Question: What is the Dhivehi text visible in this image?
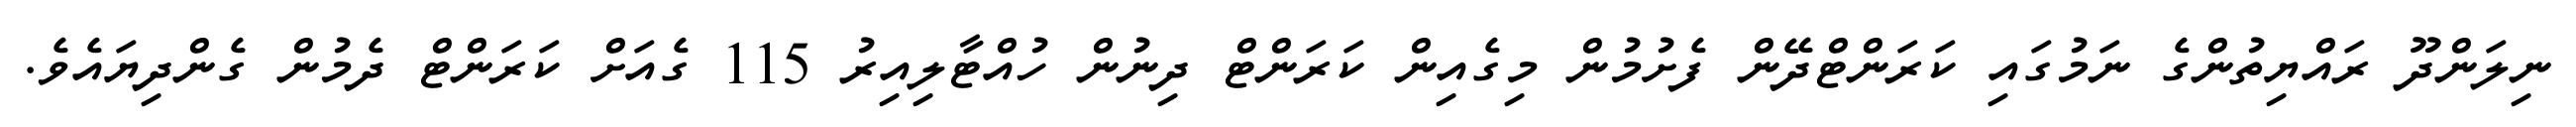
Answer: ނިލަންދޫ ރައްޔިތުންގެ ނަމުގައި ކަރަންޓްދޭން ފެށުމުން މިގެއިން ކަރަންޓް ދިނުން ހުއްޓާލިއިރު 115 ގެއަށް ކަރަންޓް ދެމުން ގެންދިޔައެވެ.